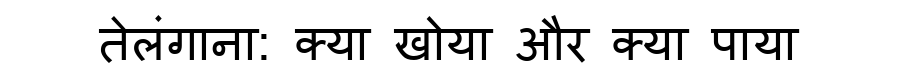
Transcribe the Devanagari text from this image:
तेलंगाना: क्या खोया और क्या पाया